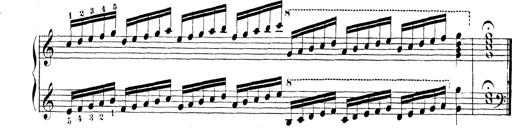
Title: Technische Studien
Composer: Franz Liszt